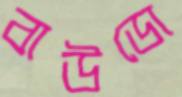
বাউডো